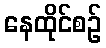
နေထိုင်စဉ်